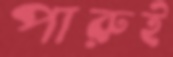
পারুই